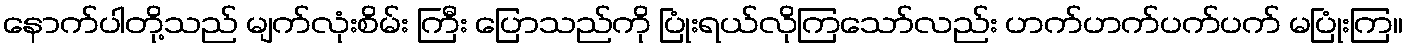
နောက်ပါတို့သည် မျက်လုံးစိမ်း ကြီး ပြောသည်ကို ပြုံးရယ်လိုကြသော်လည်း ဟက်ဟက်ပက်ပက် မပြုံးကြ။